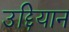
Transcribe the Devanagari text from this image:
उद्दियान